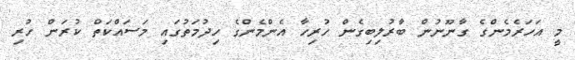
މީ އަހަރެމެންގެ ގާނޫނުން ބާރުލިބިގެން ހުރިހާ އެންމެންގެ ހިދުމަތުގައި މަސައްކަތް ކުރަން ހުރި